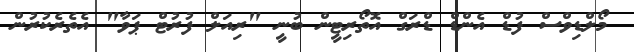
މޯލްޑިވްސް ފުޑް އެންޑް ޑްރަގް އޮތޯރިޓީން ބުނީ "ރިއަލް ފުރުޓް ޕަވާ" އެތެރެކުރުން